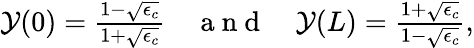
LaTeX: \begin{array}{r}{\mathcal{Y}(0)=\frac{1-\sqrt{\epsilon_{c}}}{1+\sqrt{\epsilon_{c}}}\quad\mathrm{~a~n~d~}\quad\mathcal{Y}(L)=\frac{1+\sqrt{\epsilon_{c}}}{1-\sqrt{\epsilon_{c}}},}\end{array}